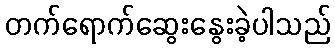
တက်ရောက်ဆွေးနွေးခဲ့ပါသည်